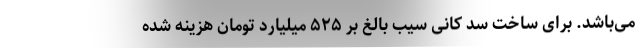
می‌باشد. برای ساخت سد کانی سیب بالغ بر ۵۲۵ میلیارد تومان هزینه شده